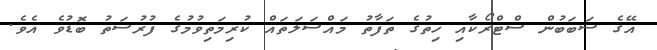
އޭގެ ސަބަބުން ސްޓްރޯކާއި ހިތުގެ ތަފާތު މައްސަލަތައް ކުރިމަތިވުމުގެ ފުރުސަތު ބޮޑުވެ އެވެ.